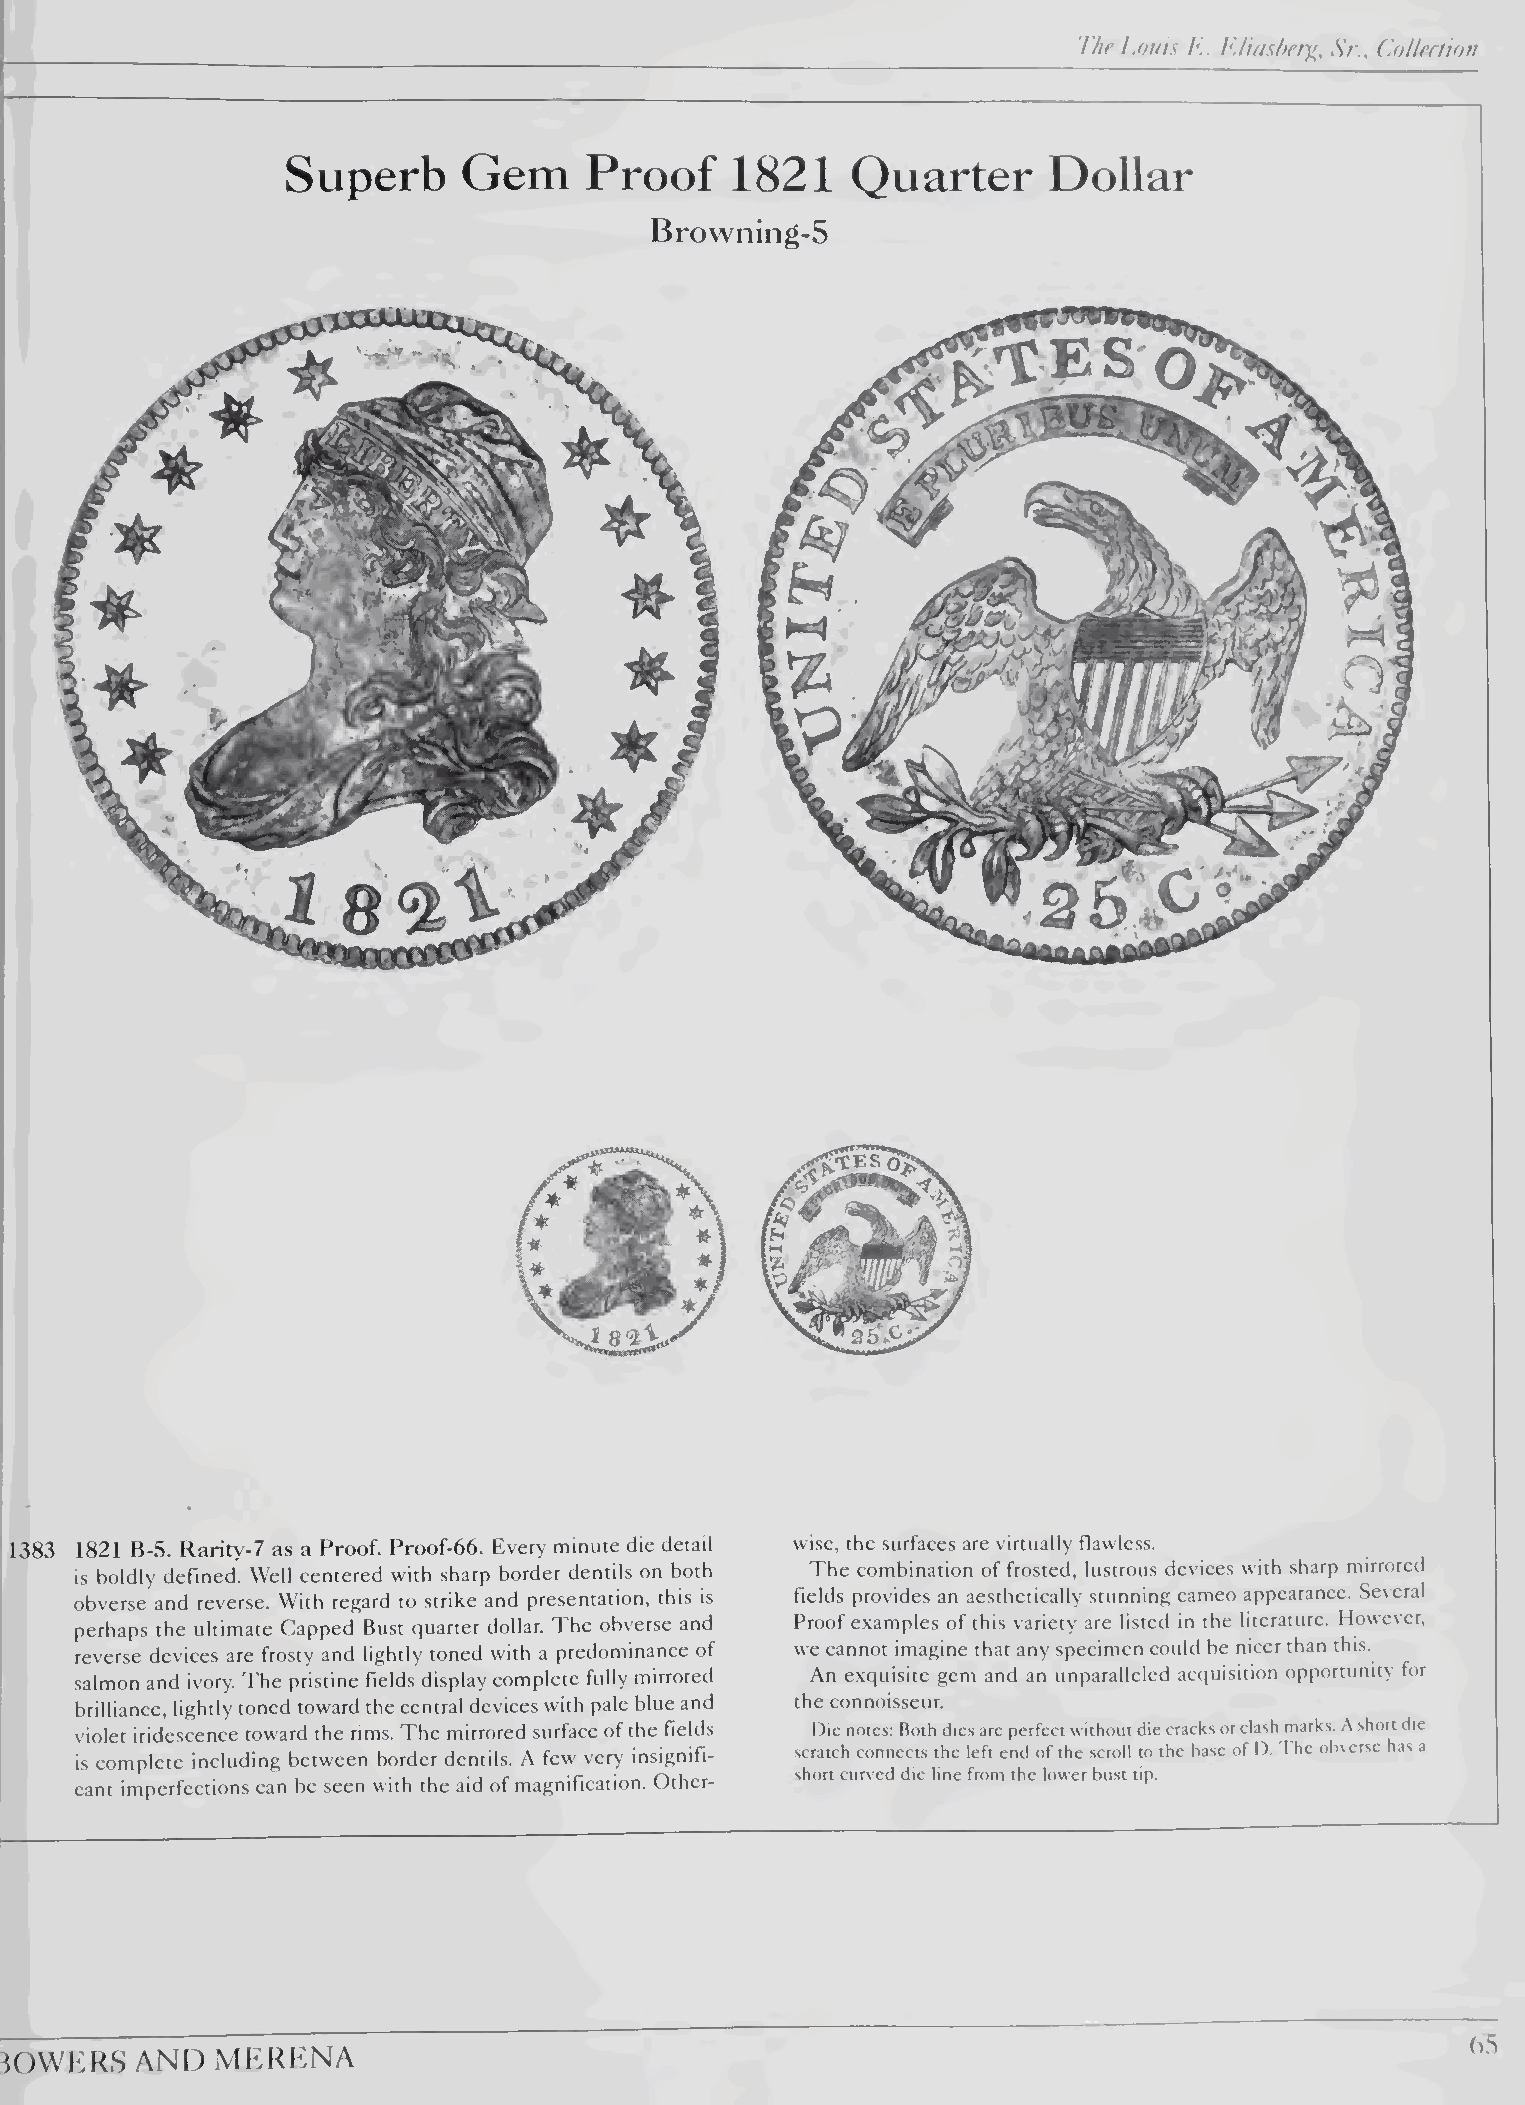
The Louis E. Eliasher^, Sr., (ioUertion
 Superb      Gem     Proof     1821   Quarter       Dollar
 Browning-5
 1383 1821 B-5. Rarity-7 as a Proof. Proof-66. Every minute die detail wise, the surfaces are virtually flawless.
 is boldly defined. Well centered with sharp border dentils on both The combination of frosted, lustrous devices with sharp mirrored
 obverse and reverse. With regard to strike and presentation, this is fields provides an aesthetically stunning cameo appearance. Several
 Proof examples of this variety are listed in the literature. However,
 perhaps the ultimate Capped Bust quarter dollar. The obverse and
 reverse devices are frosty and lightly toned with a predominance of we cannot imagine that any specimen could be nicer than this.
 An exquisite gem and an unparalleled accpiisition opportunity for
 salmon and ivory. The pristine fields display complete fully mirrored
 brilliance, lightly toned toward the central devices with pale blue and the connoisseur.
 violet iridescence toward the rims. The mirrored surface of the fields Hie notes: Both dies are perfect without die cracks or clash marks. A short die
 scratch connects the left end of the scroll to the base of I). I he obverse has a
 is complete including between border dentils. A few very insignifi¬
 short curved die line from the lower bust tip.
 cant imperfections can be seen with the aid of magnification. Other¬
 (>5
 iOWKKS   AND  MKRKNA